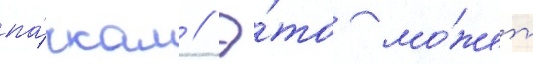
па́чкам // Э́то мо́жет